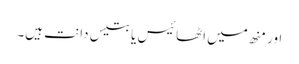
اور منھ میں اٹھائیس یا بتیس دانت ہیں۔